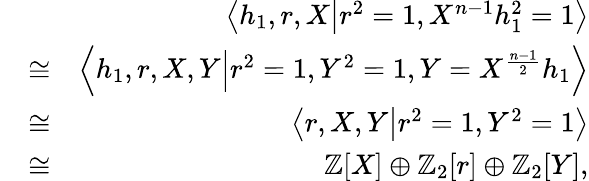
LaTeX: \begin{array}{rlr}&{}&{\left<h_{1},r,X\middle|r^{2}=1,X^{n-1}h_{1}^{2}=1\right>}\\ &{\cong}&{\left<h_{1},r,X,Y\middle|r^{2}=1,Y^{2}=1,Y=X^{\frac{n-1}{2}}h_{1}\right>}\\ &{\cong}&{\left<r,X,Y\middle|r^{2}=1,Y^{2}=1\right>}\\ &{\cong}&{\mathbb{Z}[X]\oplus\mathbb{Z}_{2}[r]\oplus\mathbb{Z}_{2}[Y],}\end{array}